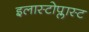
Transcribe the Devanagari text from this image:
इलास्टोप्लास्ट